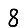
Digit: 8